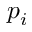
p _ { i }